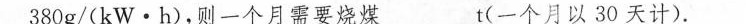
380g/(kW\cdot h)，则一个月需要烧煤_____t(一个月以30天计)。